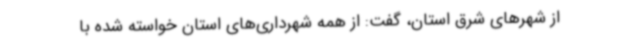
از شهرهای شرق استان، گفت: از همه شهرداری‌های استان خواسته شده با